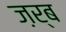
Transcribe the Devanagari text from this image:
ज़र्ब